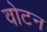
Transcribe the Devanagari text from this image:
वोटन